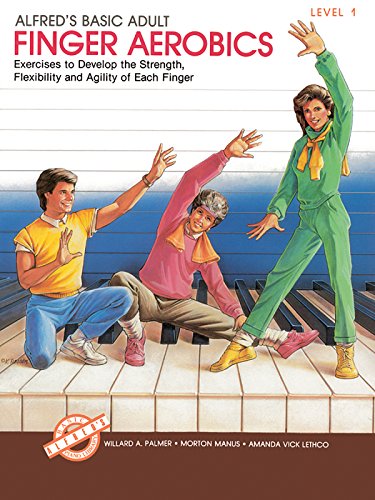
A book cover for Alfred's Basic Adult Finger Aerobics: Exercises to Develop the Strength, Flexibility and Agility of Each Finger, Level 1 (Alfred's Basic Piano Library); Willard Palmer; Health, Fitness & Dieting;